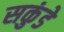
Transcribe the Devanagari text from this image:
सकुंडे